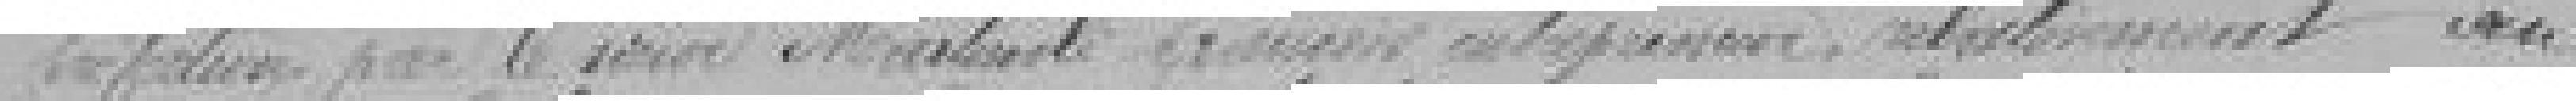
préfecture par le sieur Martineli François entrepreneur, relativement au